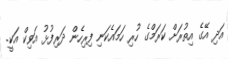
އަދި އޭގެ އިތުރަށް ކަރަމްގެ ހުރި ހަމައެކަނި ފިރިހެން ދަރިފުޅު އަވިކް އަކީ.